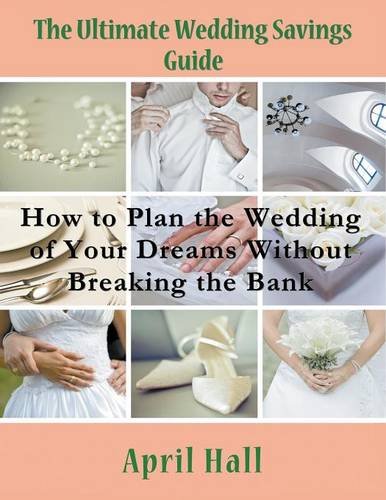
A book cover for The Ultimate Wedding Savings Guide (Large Print): How to Plan the Wedding of Your Dreams Without Breaking the Bank; April Hall; Crafts, Hobbies & Home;